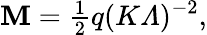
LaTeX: \mathbf{M}={\textstyle\frac{{1}}{{2}}}q(K{\mit\Lambda})^{-2},